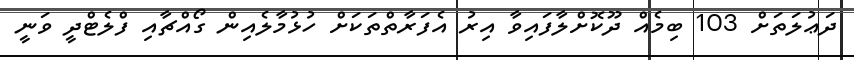
ދަޢުލަތަށް 103 ބިމެއް ދޫކޮށްލާފައިވާ އިރު އެފަރާތްތަކަށް ހުޅުމާލެއިން ގޯއްޗާއި ފްލެޓްދީ ވަނީ